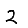
Digit: 2